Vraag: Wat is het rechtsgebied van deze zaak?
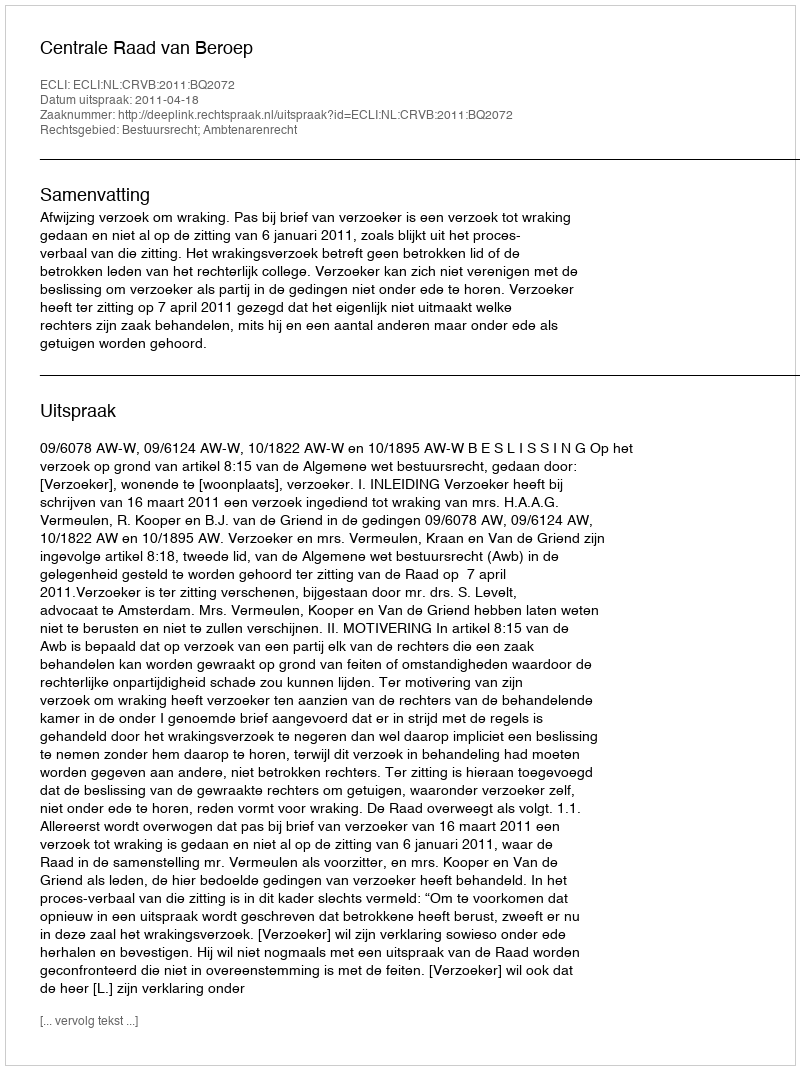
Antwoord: Bestuursrecht; Ambtenarenrecht